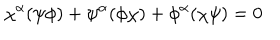
\chi ^ { \alpha } ( \psi \phi ) + \psi ^ { \alpha } ( \phi \chi ) + \phi ^ { \alpha } ( \chi \psi ) = 0